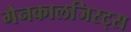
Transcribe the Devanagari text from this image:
गैनकालजिस्ट्स